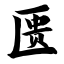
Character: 匮